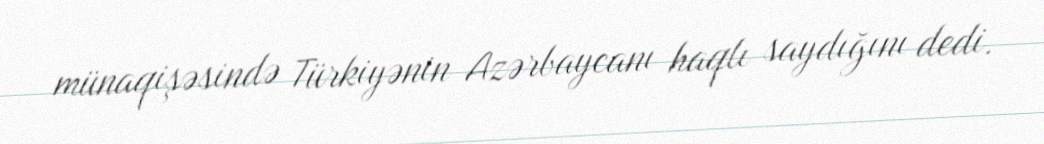
münaqişəsində Türkiyənin Azərbaycanı haqlı saydığını dedi.